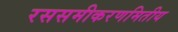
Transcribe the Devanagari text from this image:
रससमीकरणमितीय